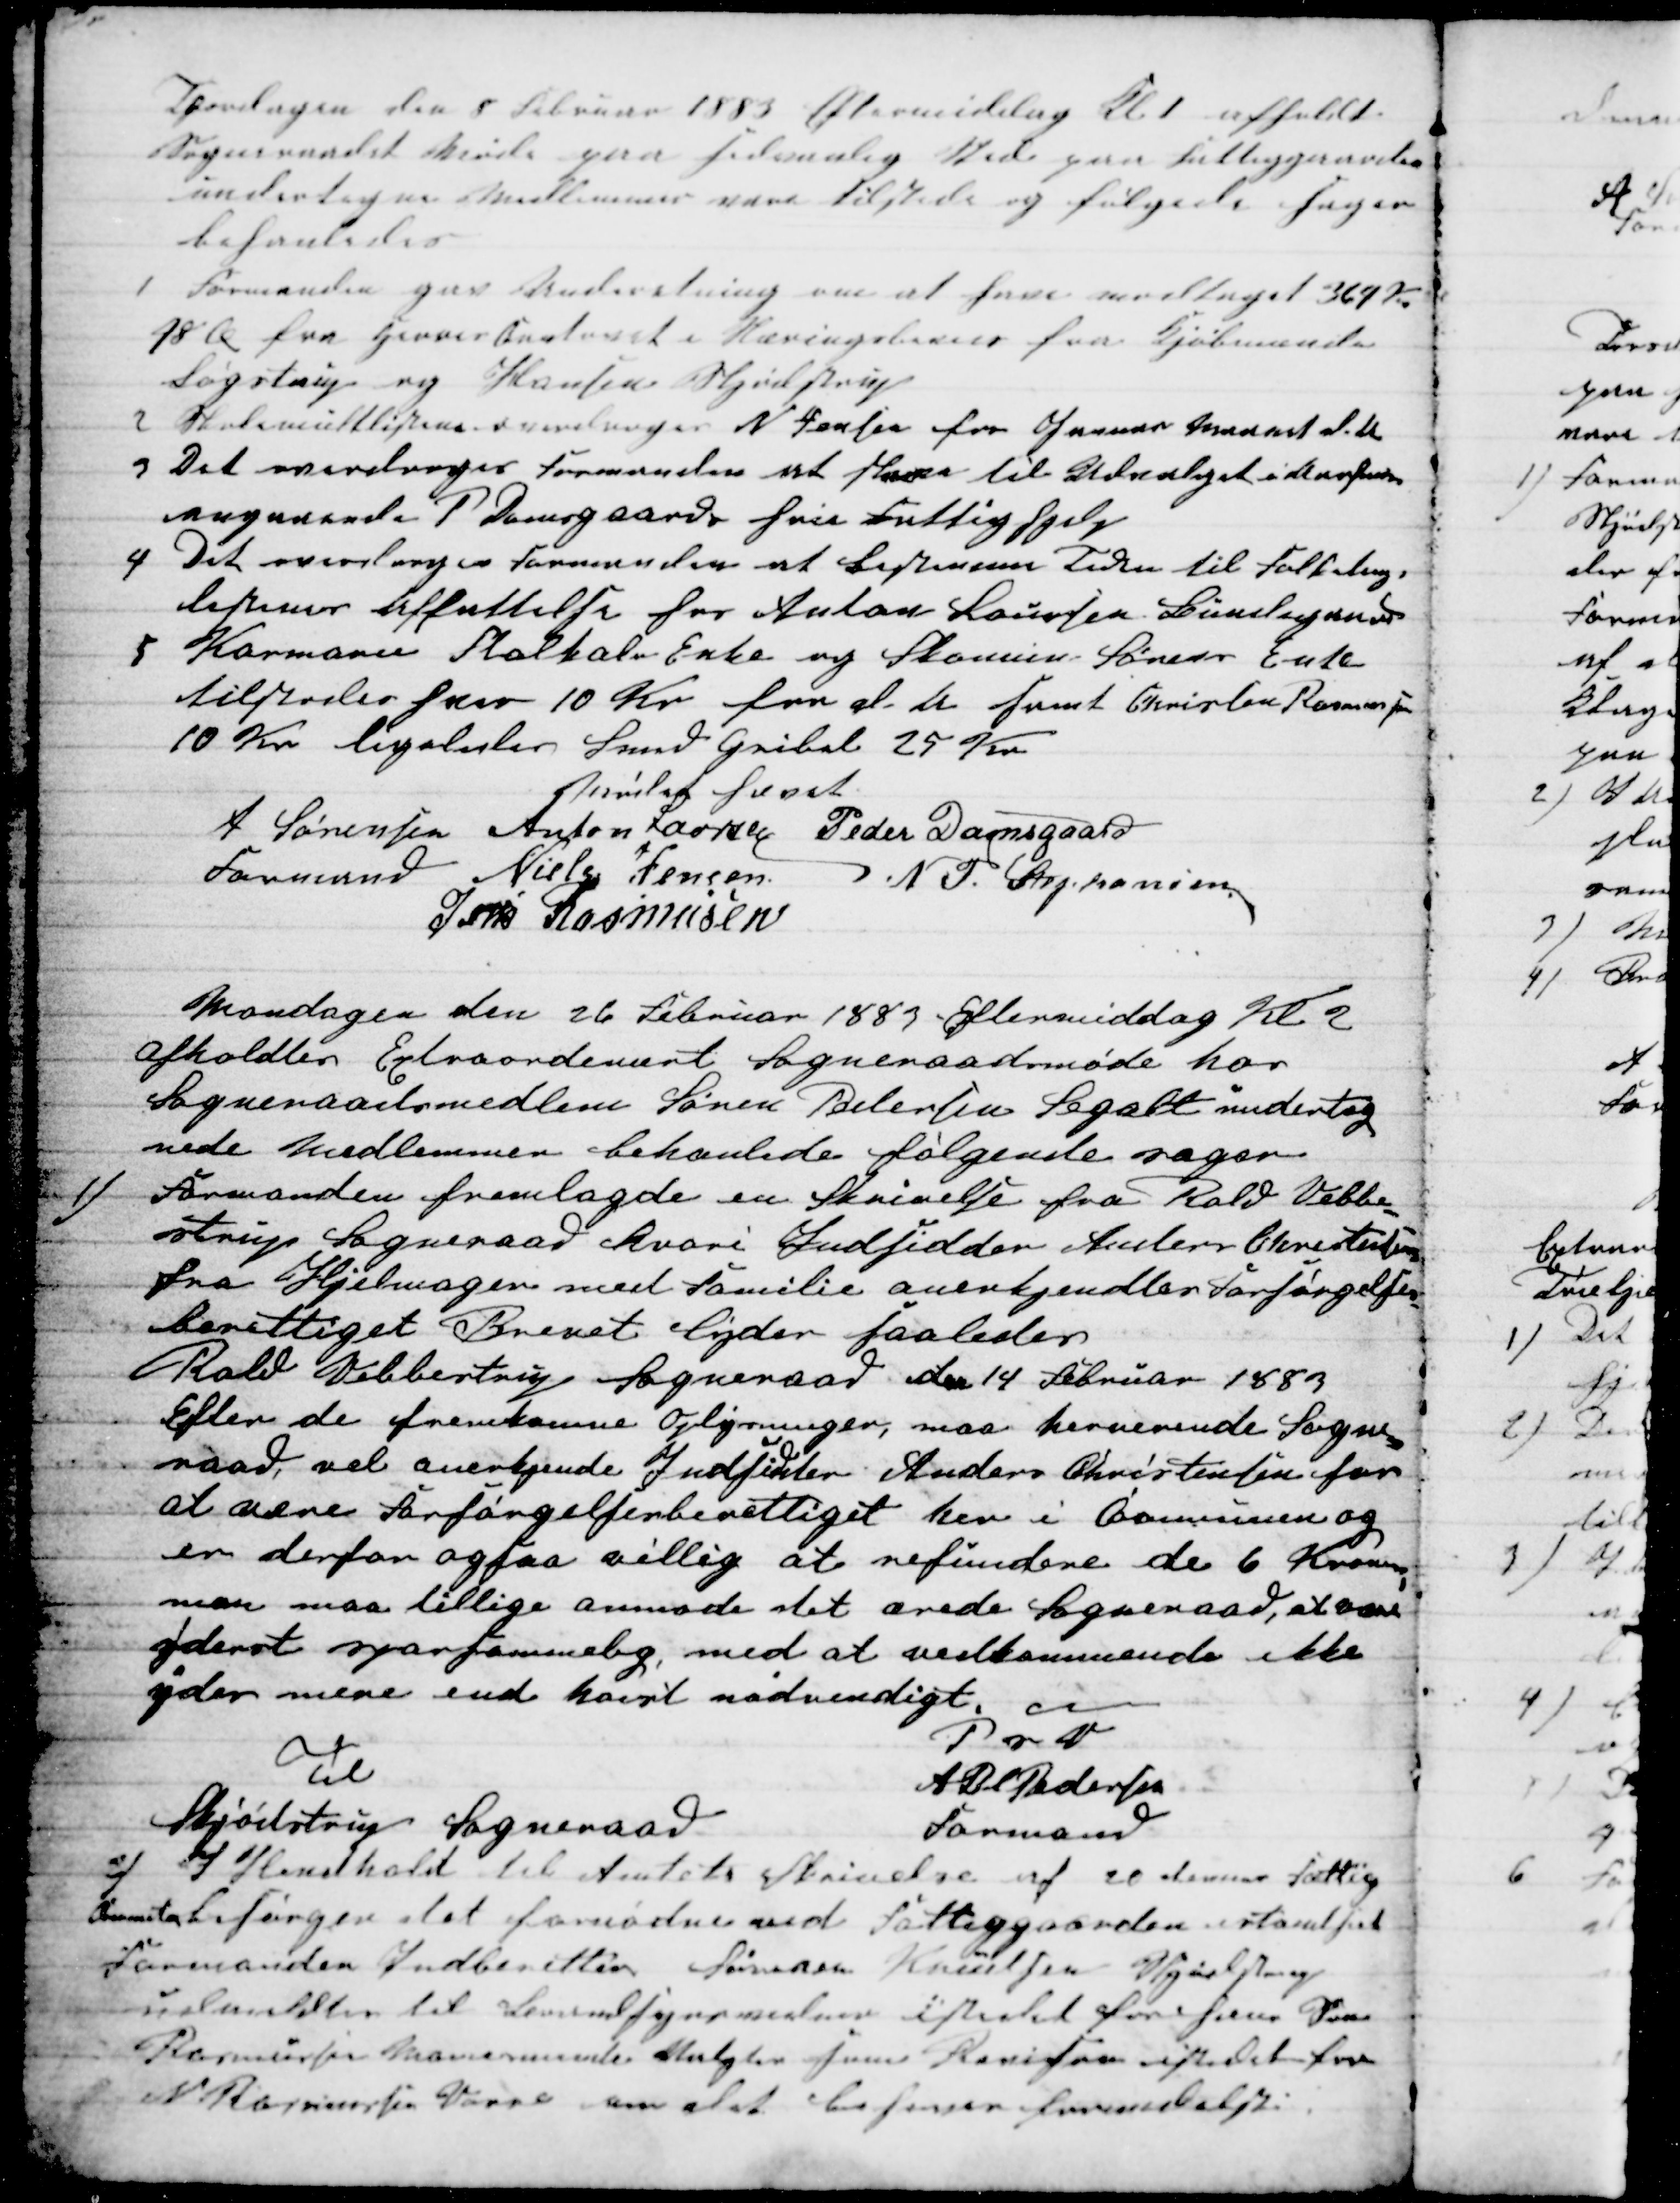
Transskription:
Torsdagen den 8 Februar 1883 Eftermiddag Kl 1 afholdt
Sogneraadet Møde paa sedvanlig Sted paa Fattiggaaarden
undertegne Medlemmer vare tilstede og følgede Sager
behanledes.
1
Formanden gav Underetning om at have modtaget 364 Kr
18 Ø fra Herredskontoret i Næringsbevis fra Kjøbmand
Løgstrup og Hansen Skjødstrup
2 Skolemultlisten overdroges N Jensen for Januar Maaned d. A
3 Det overdroges Formanden at skrive til Udvalget i Aarhuus
angaaende P. Damsgaards hans Fattighjælp
4 Det overdroges Formanden at Bestemme Tiden til Folketing -
listernes Affattelse hos Anton Laursen Bundegaard
5 Karmann Stalkals Enke og Skomen Sørens Enke
tilstodes hver 10 Kr for et Aar samt Christen Rasmussen
10 Kr ligeledes Smed Gribal 25 Kr
Mødet hævet.
A Sørensen 
Formand
Anton Laursen Peder Damsgaard
Niels Jensen
N. P. Stephansen
Jens Rasmusen
Mandagen den 26 Februar 1883 Eftermiddag Kl. 2
afholdtes Extraordinært Sogneraadsmøde hos
Sogneraadsmedlem Søren Pedersens Segalt underteg
nede Medlemmer behanlede følgende sager
1)
Formanden fremlagde en Skrivelse fra Rold Vebbe-
strup Sogneraad hvori Indsidder Anders Christensen
fra Hjelmager med Familie anerkjendtes Forsørgelses-
berettiget Brevet lyder saaledes
Rold Vebbestrup Sogneraad den 14 Februar 1883
Efter de fremkomne Oplysninger, maa herverende Sogne-
raad, vel anerkjende Indsidder Anders Christensen for
at være Forsørgelsesberettiget her i Communen og
en derfor ogsaa villig at refundere de 6 Kroner,
man maa tillige anmode det ærede Sogneraad, at være
yderst sparsommelig, med at vedkommende ikke
ydes mere end høist nødvendigt. 
PsV
A Bl Pedersen
Formand
Til
Skjødstrup Sogneraad
2) I Henhold til Amtets Skrivelse af 20 dennes Fattig
Commiteen besørges det fornødne ved Fattiggaarden istandsat
Formanden Indberetter Sørensen Knudsen Skjødstrup
udmældtes til Brandsynsmand istedet for Jens S
Rasmussen kommende valgtes Jens Ranisen istedetfor
N Rasmussen Vorre som det